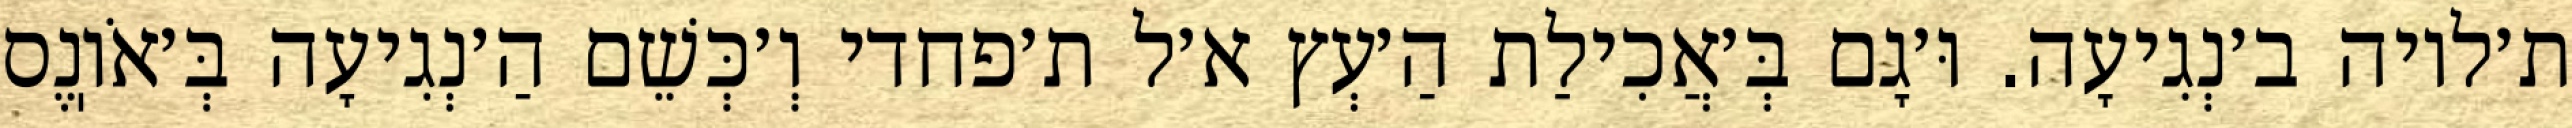
ת׳לויה ב׳נְגִיעָה. וּ׳גָם בְּ׳אֲכִילַת הַ׳עְץ א׳ל ת׳פחדי וְ׳כְּשֵׁם הַ׳נְגִיעָה בְּ׳אֹוֽנֶס